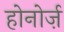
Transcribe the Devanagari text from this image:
होनोर्ज़